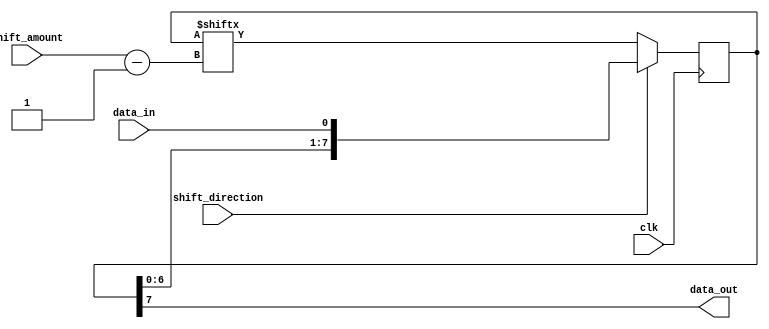
module shift_register (
  input wire data_in,
  input wire clk,
  input wire shift_direction, // 0 for right, 1 for left
  input wire [3:0] shift_amount,
  output reg data_out
);

reg [7:0] reg_data;

always @(posedge clk) begin
  if (shift_direction == 1'b1) begin // left shift
    reg_data <= {reg_data[(7-shift_amount):0], data_in};
  end else begin // right shift
    reg_data <= {data_in, reg_data[7:(shift_amount-1)]};
  end
end

assign data_out = reg_data[7];

endmodule